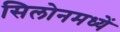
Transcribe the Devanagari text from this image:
सिलोनमध्यें